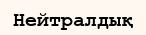
Нейтралдық